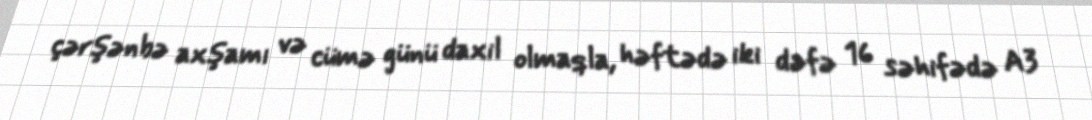
çərşənbə axşamı və cümə günü daxil olmaqla, həftədə iki dəfə 16 səhifədə A3